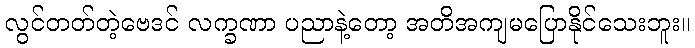
လွင်တတ်တဲ့ဗေဒင် လက္ခဏာ ပညာနဲ့တော့ အတိအကျမပြောနိုင်သေးဘူး။